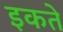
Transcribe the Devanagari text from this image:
इकते